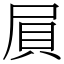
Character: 屓